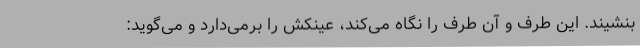
بنشیند. این طرف و آن طرف را نگاه می‌کند، عینکش را برمی‌دارد و می‌گوید: